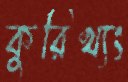
কুরিখ্যং